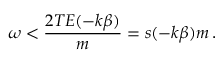
\omega < \frac { 2 T E ( - k \beta ) } { m } = s ( - k \beta ) m \, .